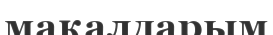
мақалдарым